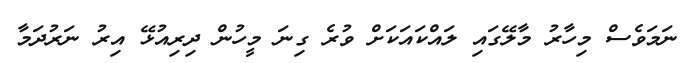
ނަމަވެސް މިހާރު މާލޭގައި ލައްކައަކަށް ވުރެ ގިނަ މީހުން ދިރިއުޅޭ އިރު ނަރުދަމާ